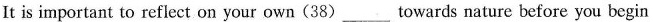
It is important to reflect on your own (38)___towards nature before you begin